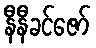
နီနီခင်ဇော်